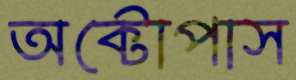
অক্টোপাস